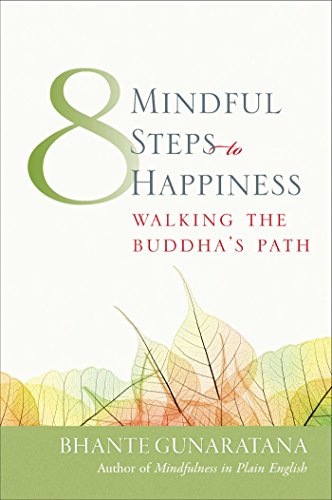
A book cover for Eight Mindful Steps to Happiness: Walking the Buddha's Path; Bhante Henepola Gunaratana; Religion & Spirituality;